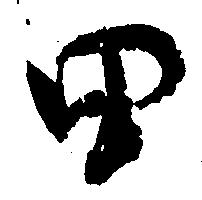
田